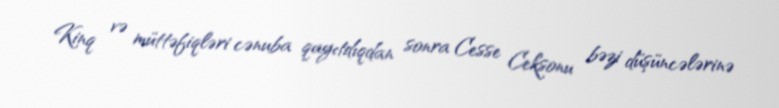
Kinq və müttəfiqləri cənuba qayıtdıqdan sonra Cesse Ceksonu bəzi düşüncələrinə